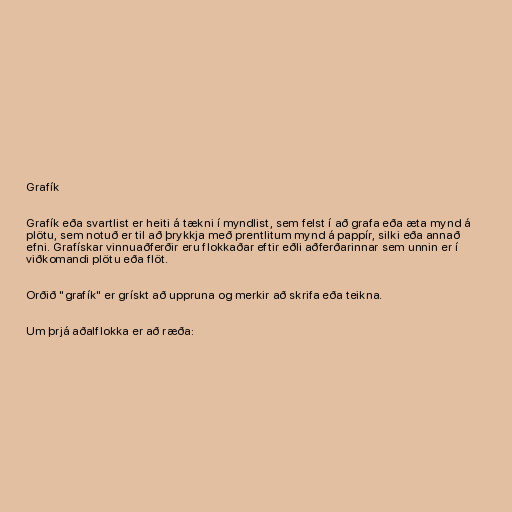
Grafík

Grafík eða svartlist er heiti á tækni í myndlist, sem felst í að grafa eða æta mynd á
plötu, sem notuð er til að þrykkja með prentlitum mynd á pappír, silki eða annað
efni. Grafískar vinnuaðferðir eru flokkaðar eftir eðli aðferðarinnar sem unnin er í
viðkomandi plötu eða flöt.

Orðið "grafík" er grískt að uppruna og merkir að skrifa eða teikna.

Um þrjá aðalflokka er að ræða: